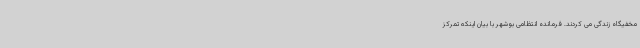
مخفیگاه زندگی می کردند. فرمانده انتظامی بوشهر با بیان اینکه تمرکز